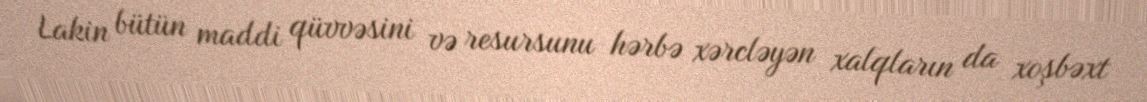
Lakin bütün maddi qüvvəsini və resursunu hərbə xərcləyən xalqların da xoşbəxt